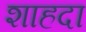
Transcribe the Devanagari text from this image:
शाहदा